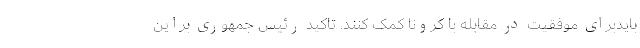
بایدبرای موفقیت در مقابله با کرونا کمک کنند. تاکید رئیس جمهوری براین